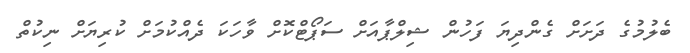
ބެލުމުގެ ދަށަށް ގެންދިޔަ ފަހުން ޝިލްޕާއަށް ސަޕޯޓްކޮށް ވާހަކަ ދެއްކުމަށް ކުރިޔަށް ނިކުތް